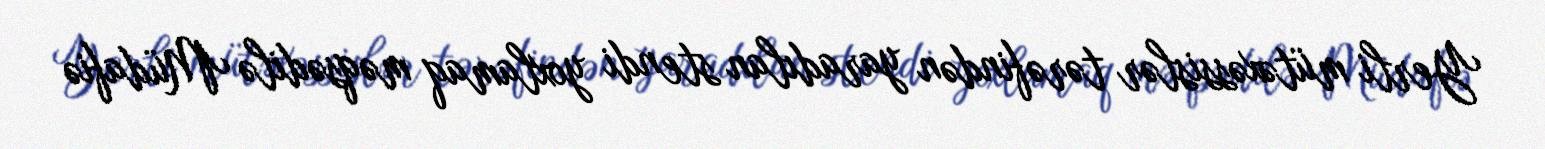
Yerli mütəxəssislər tərəfindən yaradılan stendi yoxlamaq məqsədilə Müdafiə